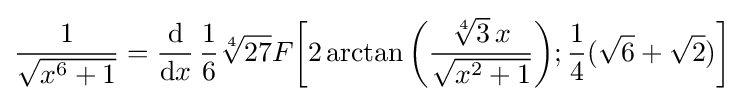
{\frac {1}{\sqrt {x^{6}+1}}}={\frac {\mathrm {d} }{\mathrm {d} x}}\,{\frac {1}{6}}{\sqrt[{4}]{27}}F{\biggl [}2\arctan {\biggl (}{\frac {{\sqrt[{4}]{3}}\,x}{\sqrt {x^{2}+1}}}{\biggr )};{\frac {1}{4}}({\sqrt {6}}+{\sqrt {2}}){\biggr ]}